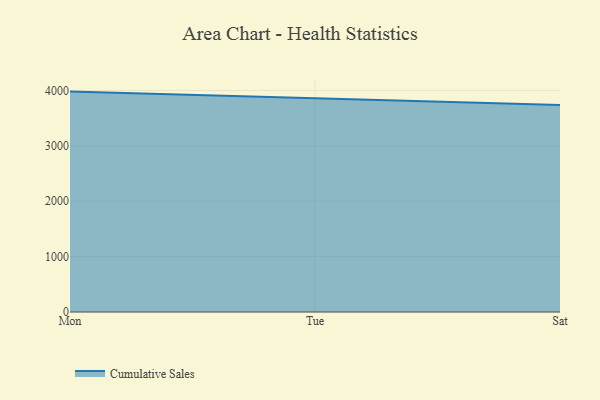
{"axis": {"x": "Day", "y": "Net Income (USD K)"}, "legend": ["Cumulative Sales"], "data": [{"x": "Mon", "y": 3980.1, "type": "Cumulative Sales"}, {"x": "Tue", "y": 3858.9, "type": "Cumulative Sales"}, {"x": "Sat", "y": 3737.4, "type": "Cumulative Sales"}]}